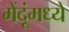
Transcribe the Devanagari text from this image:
मेंदूंमध्ये